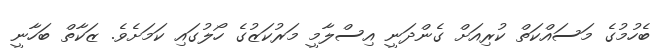
ބެހުމުގެ މަސައްކަތް ކުރިއަށް ގެންދަނީ އިސްލާމީ މަރުކަޒުގެ ހޯލުގައި ކަމަށެވެ. ޒަކާތް ބަހާނީ